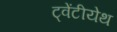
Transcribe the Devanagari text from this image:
ट्वेंटीयेथ